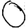
Digit: 0